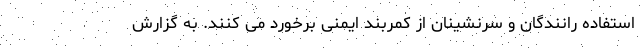
استفاده رانندگان و سرنشینان از کمربند ایمنی برخورد می کنند. به گزارش